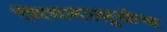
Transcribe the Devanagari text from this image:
नियमामुळेच